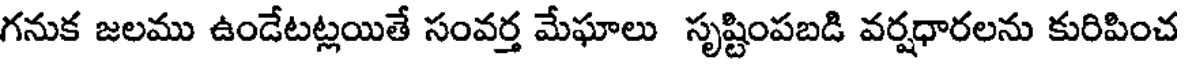
గనుక జలము ఉండేటట్లయితే సంవర్త మేఘాలు సృష్టింపబడి వర్షధారలను కురిపించ